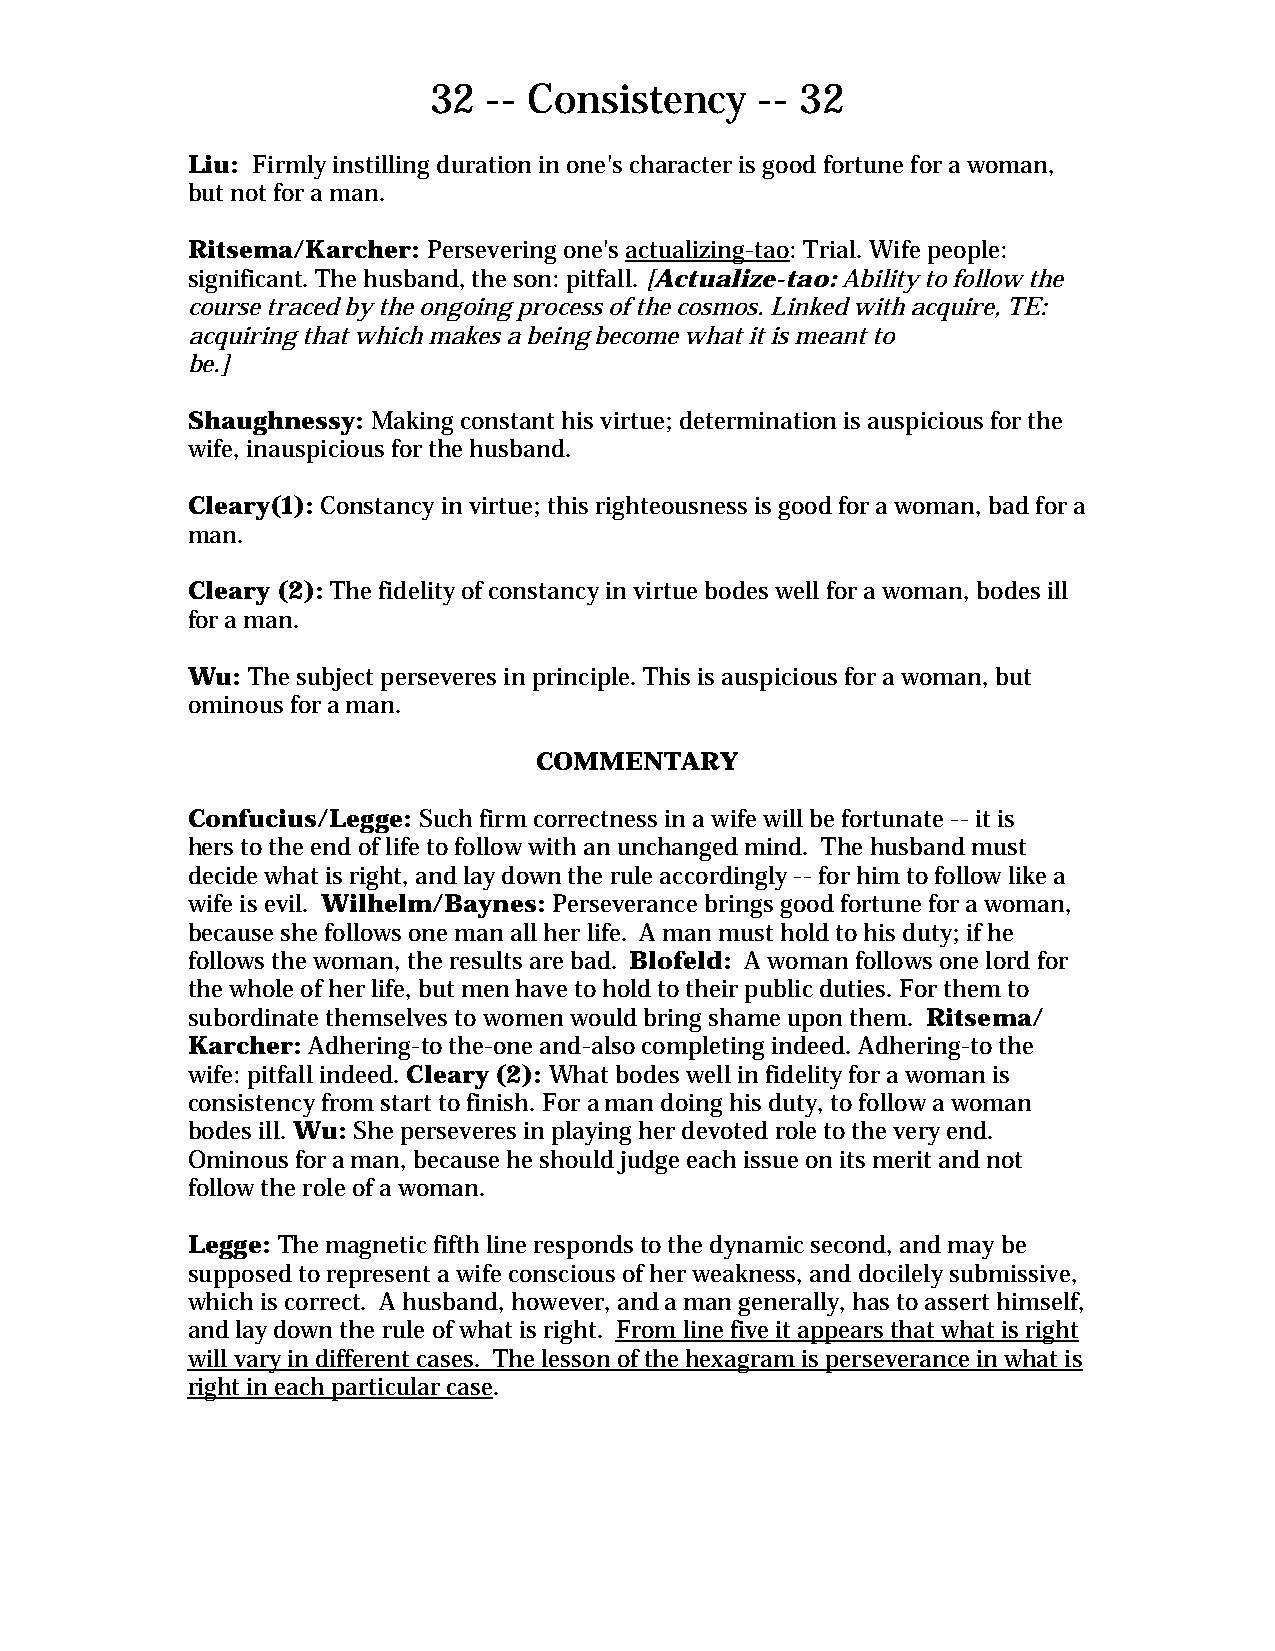
32  -- Consistency    -- 32
 Liu: Firmly instilling duration in one's character is good fortune for a woman,
 but not for a man.
 Ritsema/Karcher: Persevering one's actualizing-tao: Trial. Wife people:
 significant. The husband, the son: pitfall. [Actualize-tao: Ability to follow the
 course traced by the ongoing process of the cosmos. Linked with acquire, TE:
 acquiring that which makes a being become what it is meant to
 be.]
 Shaughnessy: Making constant his virtue; determination is auspicious for the
 wife, inauspicious for the husband.
 Cleary(1): Constancy in virtue; this righteousness is good for a woman, bad for a
 man.
 Cleary (2): The fidelity of constancy in virtue bodes well for a woman, bodes ill
 for a man.
 Wu: The subject perseveres in principle. This is auspicious for a woman, but
 ominous for a man.
 COMMENTARY
 Confucius/Legge: Such firm correctness in a wife will be fortunate -- it is
 hers to the end of life to follow with an unchanged mind. The husband must
 decide what is right, and lay down the rule accordingly -- for him to follow like a
 wife is evil. Wilhelm/Baynes: Perseverance brings good fortune for a woman,
 because she follows one man all her life. A man must hold to his duty; if he
 follows the woman, the results are bad. Blofeld: A woman follows one lord for
 the whole of her life, but men have to hold to their public duties. For them to
 subordinate themselves to women would bring shame upon them. Ritsema/
 Karcher: Adhering-to the-one and-also completing indeed. Adhering-to the
 wife: pitfall indeed. Cleary (2): What bodes well in fidelity for a woman is
 consistency from start to finish. For a man doing his duty, to follow a woman
 bodes ill. Wu: She perseveres in playing her devoted role to the very end.
 Ominous for a man, because he should judge each issue on its merit and not
 follow the role of a woman.
 Legge: The magnetic fifth line responds to the dynamic second, and may be
 supposed to represent a wife conscious of her weakness, and docilely submissive,
 which is correct. A husband, however, and a man generally, has to assert himself,
 and lay down the rule of what is right. From line five it appears that what is right
 will vary in different cases. The lesson of the hexagram is perseverance in what is
 right in each particular case.